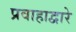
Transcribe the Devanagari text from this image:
प्रवाहाद्वारे